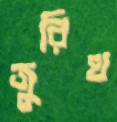
জুরিখ